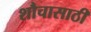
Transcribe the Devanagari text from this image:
शौचासाठी